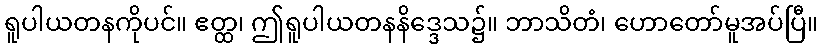
ရူပါယတနကိုပင်။ ဧတ္ထ၊ ဤရူပါယတနနိဒ္ဒေသ၌။ ဘာသိတံ၊ ဟောတော်မူအပ်ပြီ။